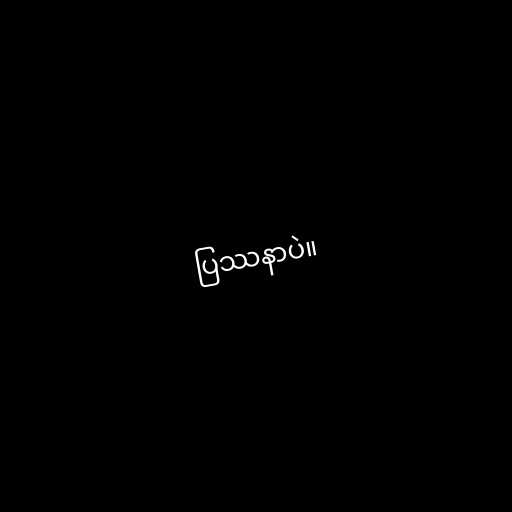
ပြဿနာပဲ။